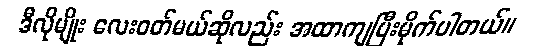
ဒီလိုမျိုး လေးဝတ်မယ်ဆိုလည်း အထာကျပြီးမိုက်ပါတယ်။